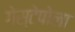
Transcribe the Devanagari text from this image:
गेस्टेपोला